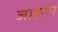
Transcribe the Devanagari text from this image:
जाइगेन